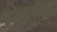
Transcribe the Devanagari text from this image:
सोमानाथ